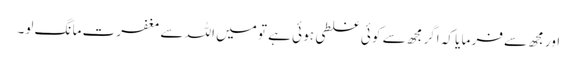
اور مجھ سے فر ما یا کہ اگر مجھ سے کو ئی غلطی ہو ئی ہے تو میں اللہ سے مغفرت ما نگ لو۔